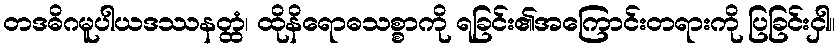
တဒဓိဂမူပါယဒဿနတ္ထံ၊ ထိုနိရောဓသစ္စာကို ရခြင်း၏အကြောင်းတရားကို ပြခြင်းငှါ။